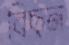
বিছন